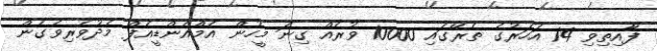
ފާއިތިވި 14 އަހަރުގެ ތެރޭގައި 10000 ވުރެއް ގިނަ މީހުން އެމްއެންޑީއެފް މެދުވެރިވެގެން